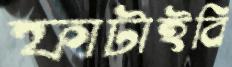
ফাটাইবি